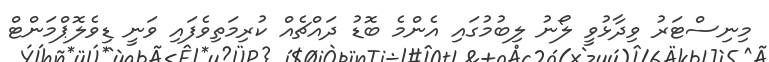
މިނިސްޓަރު ވިދާޅުވީ ލޯނު ލިބުމުގައި އެންމެ ބޮޑު ދައްޗެއް ކުރިމަތިވެފައި ވަނީ ޑިވެލޮޕްމަންޓް